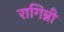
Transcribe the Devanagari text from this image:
रागिन्नी